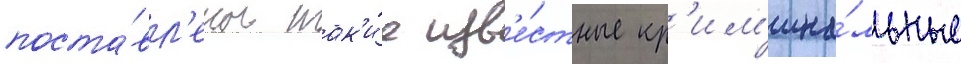
поста́вл'ены так'и́е изв'е́стные кр'им'ина́льные